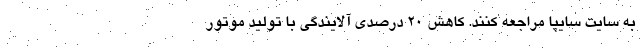
به سايت سايپا مراجعه كنند. کاهش ۲۰ درصدی آلایندگی با تولید موتور